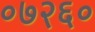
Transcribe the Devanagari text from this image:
०७२६०